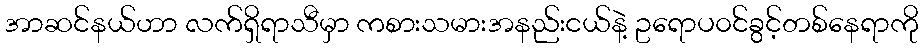
အာဆင်နယ်ဟာ လက်ရှိရာသီမှာ ကစားသမားအနည်းငယ်နဲ့ ဥရောပ၀င်ခွင့်တစ်နေရာကို